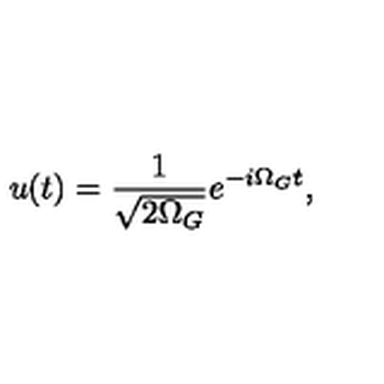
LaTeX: u ( t ) = \frac { 1 } { \sqrt { 2 \Omega _ { G } } } e ^ { - i \Omega _ { G } t } ,